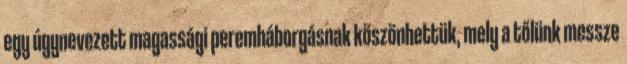
egy úgynevezett magassági peremháborgásnak köszönhettük, mely a tőlünk messze